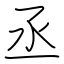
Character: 丞